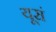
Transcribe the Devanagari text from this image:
यूसं